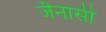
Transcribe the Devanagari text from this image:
जैनासी